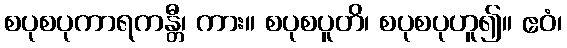
စပုစပုကာရကန္တီ၊ ကား။ စပုစပူတိ၊ စပုစပုဟူ၍။ ဧဝံ၊